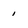
Character: 1